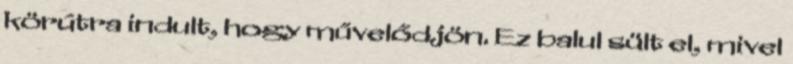
körútra indult, hogy művelődjön. Ez balul sült el, mivel